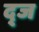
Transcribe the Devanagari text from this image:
द्ज